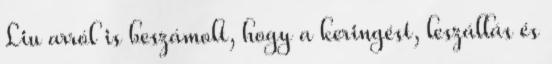
Liu arról is beszámolt, hogy a keringést, leszállás és